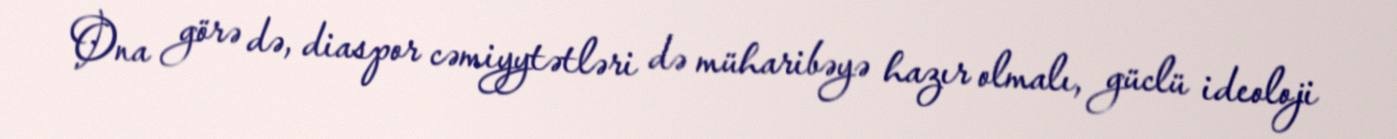
Ona görə də, diaspor cəmiyytətləri də müharibəyə hazır olmalı, güclü ideoloji